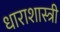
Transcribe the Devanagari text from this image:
धाराशास्त्री